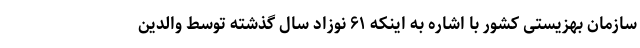
سازمان بهزیستی کشور با اشاره به اینکه ۶۱ نوزاد سال گذشته توسط والدین